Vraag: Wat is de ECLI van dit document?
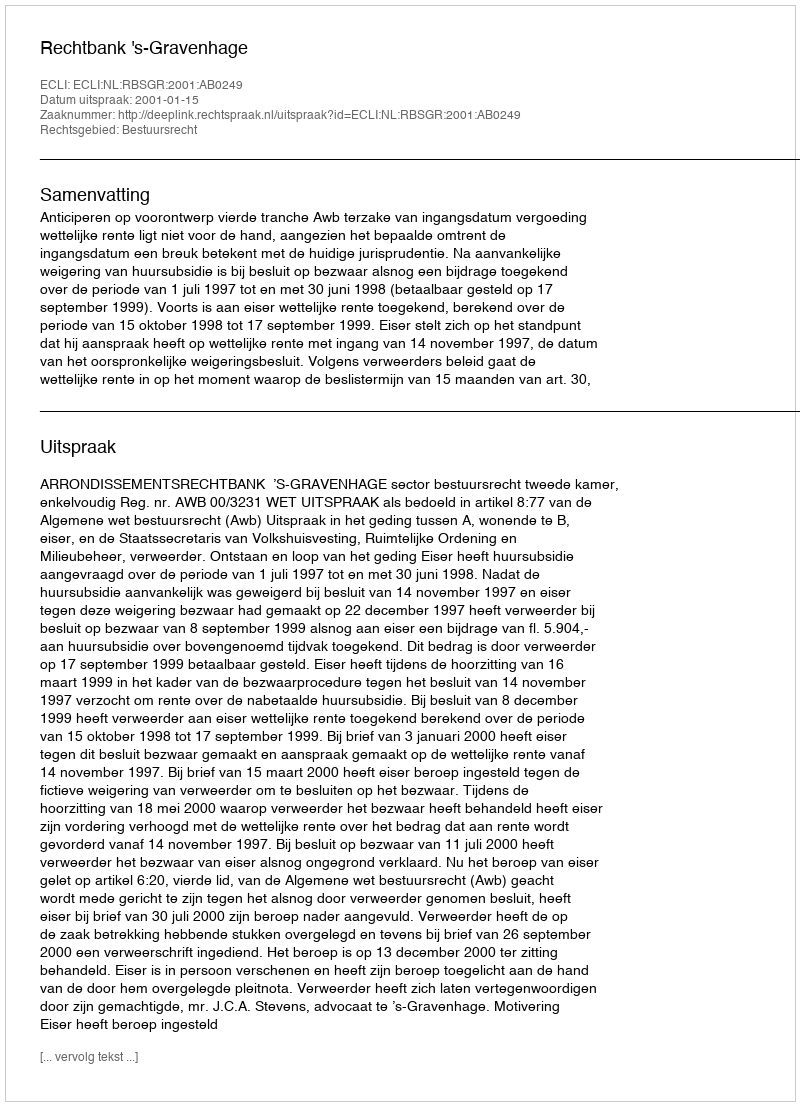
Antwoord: ECLI:NL:RBSGR:2001:AB0249